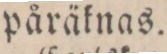
påräknas.